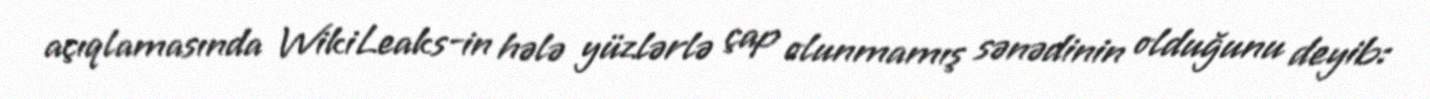
açıqlamasında WikiLeaks-in hələ yüzlərlə çap olunmamış sənədinin olduğunu deyib: